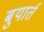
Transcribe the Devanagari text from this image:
बुयार्त